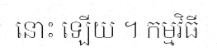
នោះ ឡើយ ។ កម្មវិធី